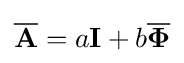
{\overline {\mathbf {A} }}=a\mathbf {I} +b{\overline {\mathbf {\Phi } }}